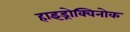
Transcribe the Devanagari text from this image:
हाइड्रोक्विनोक